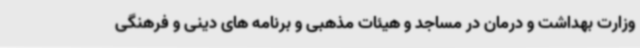
وزارت بهداشت و درمان در مساجد و هیئات مذهبی و برنامه های دینی و فرهنگی